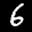
Label: 6